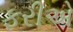
ફરીએ